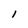
Character: l